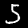
Digit: 5